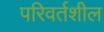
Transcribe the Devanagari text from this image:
परिवर्तशील